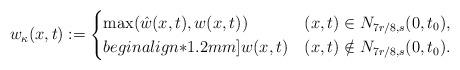
LaTeX: \begin{align*}w_{\kappa}(x,t) := \begin{cases}\max( \hat{w}(x,t), w(x,t) ) & (x,t) \in N_{7r/8,s}(0,t_0), \\begin{align*}1.2mm]w(x,t) & (x,t) \notin N_{7r/8,s}(0,t_0).\end{cases}\end{align*}